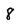
Character: 8